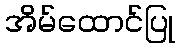
အိမ်ထောင်ပြု